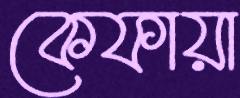
কেফায়া